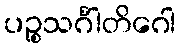
ပဉ္စသင်္ဂါတိဂေါ